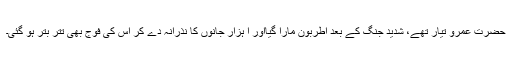
حضرت عمرو تیار تھے، شدید جنگ کے بعد اطربون مارا گیااور ا ہزار جانوں کا نذرانہ دے کر اس کی فوج بھی تتر بتر ہو گئی۔